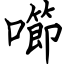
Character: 㘉